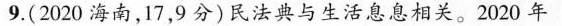
9.(2020海南，17，9分)民法典与生活息息相关。2020年